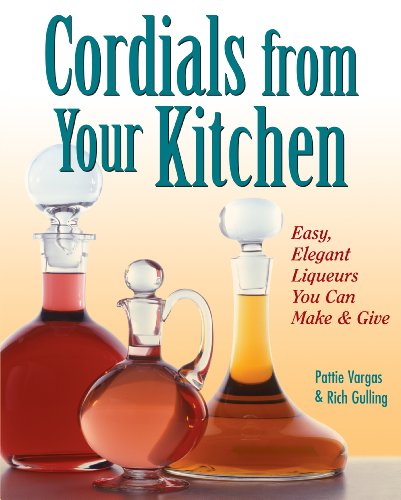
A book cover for Cordials from Your Kitchen: Easy, Elegant Liqueurs You Can Make & Give; Rich Gulling; Cookbooks, Food & Wine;